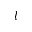
l